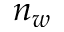
n _ { w }